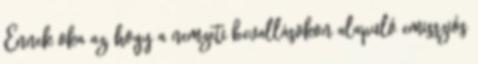
Ennek oka az, hogy a nemzeti bevallásokon alapuló emissziós